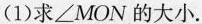
(1)求∠MON的大小.